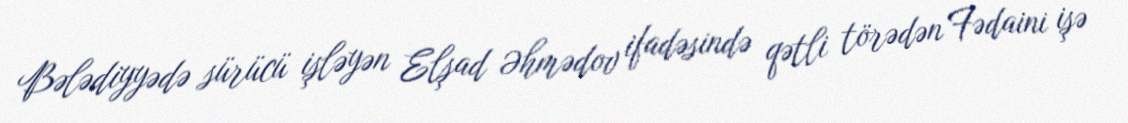
Bələdiyyədə sürücü işləyən Elşad Əhmədov ifadəsində qətli törədən Fədaini işə